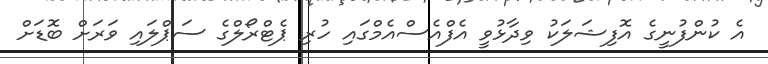
އެ ކުންފުނީގެ އޮފިޝަލަކު ވިދާޅުވީ އެފްއެސްއެމްގައި ހުރި ޕެޓްރޯލްގެ ސަޕްލައި ވަރަށް ބޮޑަށް